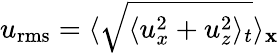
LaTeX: u_{\mathrm{rms}}=\langle\sqrt{\langle u_{x}^{2}+u_{z}^{2}\rangle_{t}}\rangle_{\mathbf x}